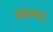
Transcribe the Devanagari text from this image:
४२०८